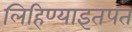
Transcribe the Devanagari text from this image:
लिहिण्याइतपत